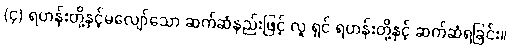
(၄) ရဟန်းတို့နှင့်မလျော်သော ဆက်ဆံနည်းဖြင့် လူ ရှင် ရဟန်းတို့နှင့် ဆက်ဆံရခြင်း။